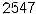
2547